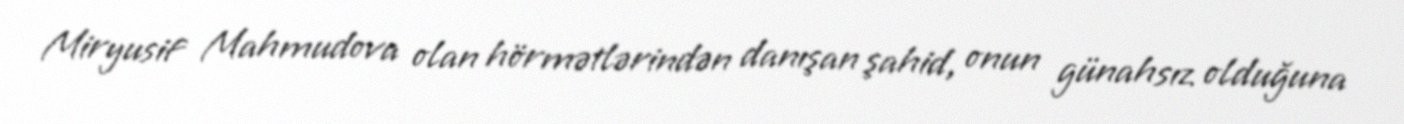
Miryusif Mahmudova olan hörmətlərindən danışan şahid, onun günahsız olduğuna